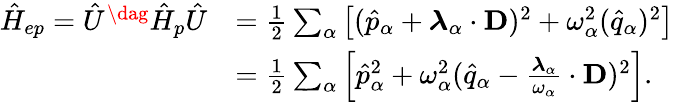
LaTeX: \begin{array}{rl}{\hat{H}_{ep}=\hat{U}^{\dag}\hat{H}_{p}\hat{U}}&{=\frac{1}{2}\sum_{\alpha}\left[(\hat{p}_{\alpha}+\boldsymbol{\lambda}_{\alpha}\cdot\mathbf{D})^{2}+\omega_{\alpha}^{2}(\hat{q}_{\alpha})^{2}\right]}\\ &{=\frac{1}{2}\sum_{\alpha}\left[\hat{p}_{\alpha}^{2}+\omega_{\alpha}^{2}(\hat{q}_{\alpha}-\frac{\boldsymbol{\lambda}_{\alpha}}{\omega_{\alpha}}\cdot\mathbf{D})^{2}\right].}\end{array}